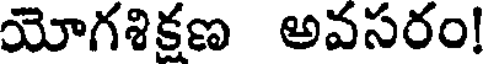
యోగశిక్షణ అవసరం!